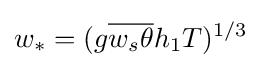
w_{*}=(g{\overline {w_{s}\theta }}h_{1}T)^{\text{1/3}}